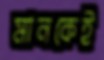
মানকেই